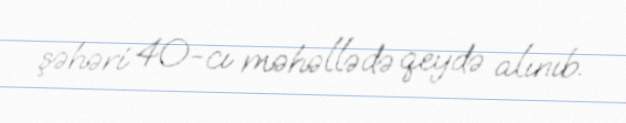
şəhəri 40-cı məhəllədə qeydə alınıb.